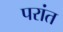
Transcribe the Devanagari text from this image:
परांत